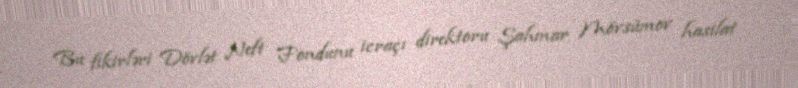
Bu fikirləri Dövlət Neft Fondunu icraçı direktoru Şahmar Mövsümov hasilat